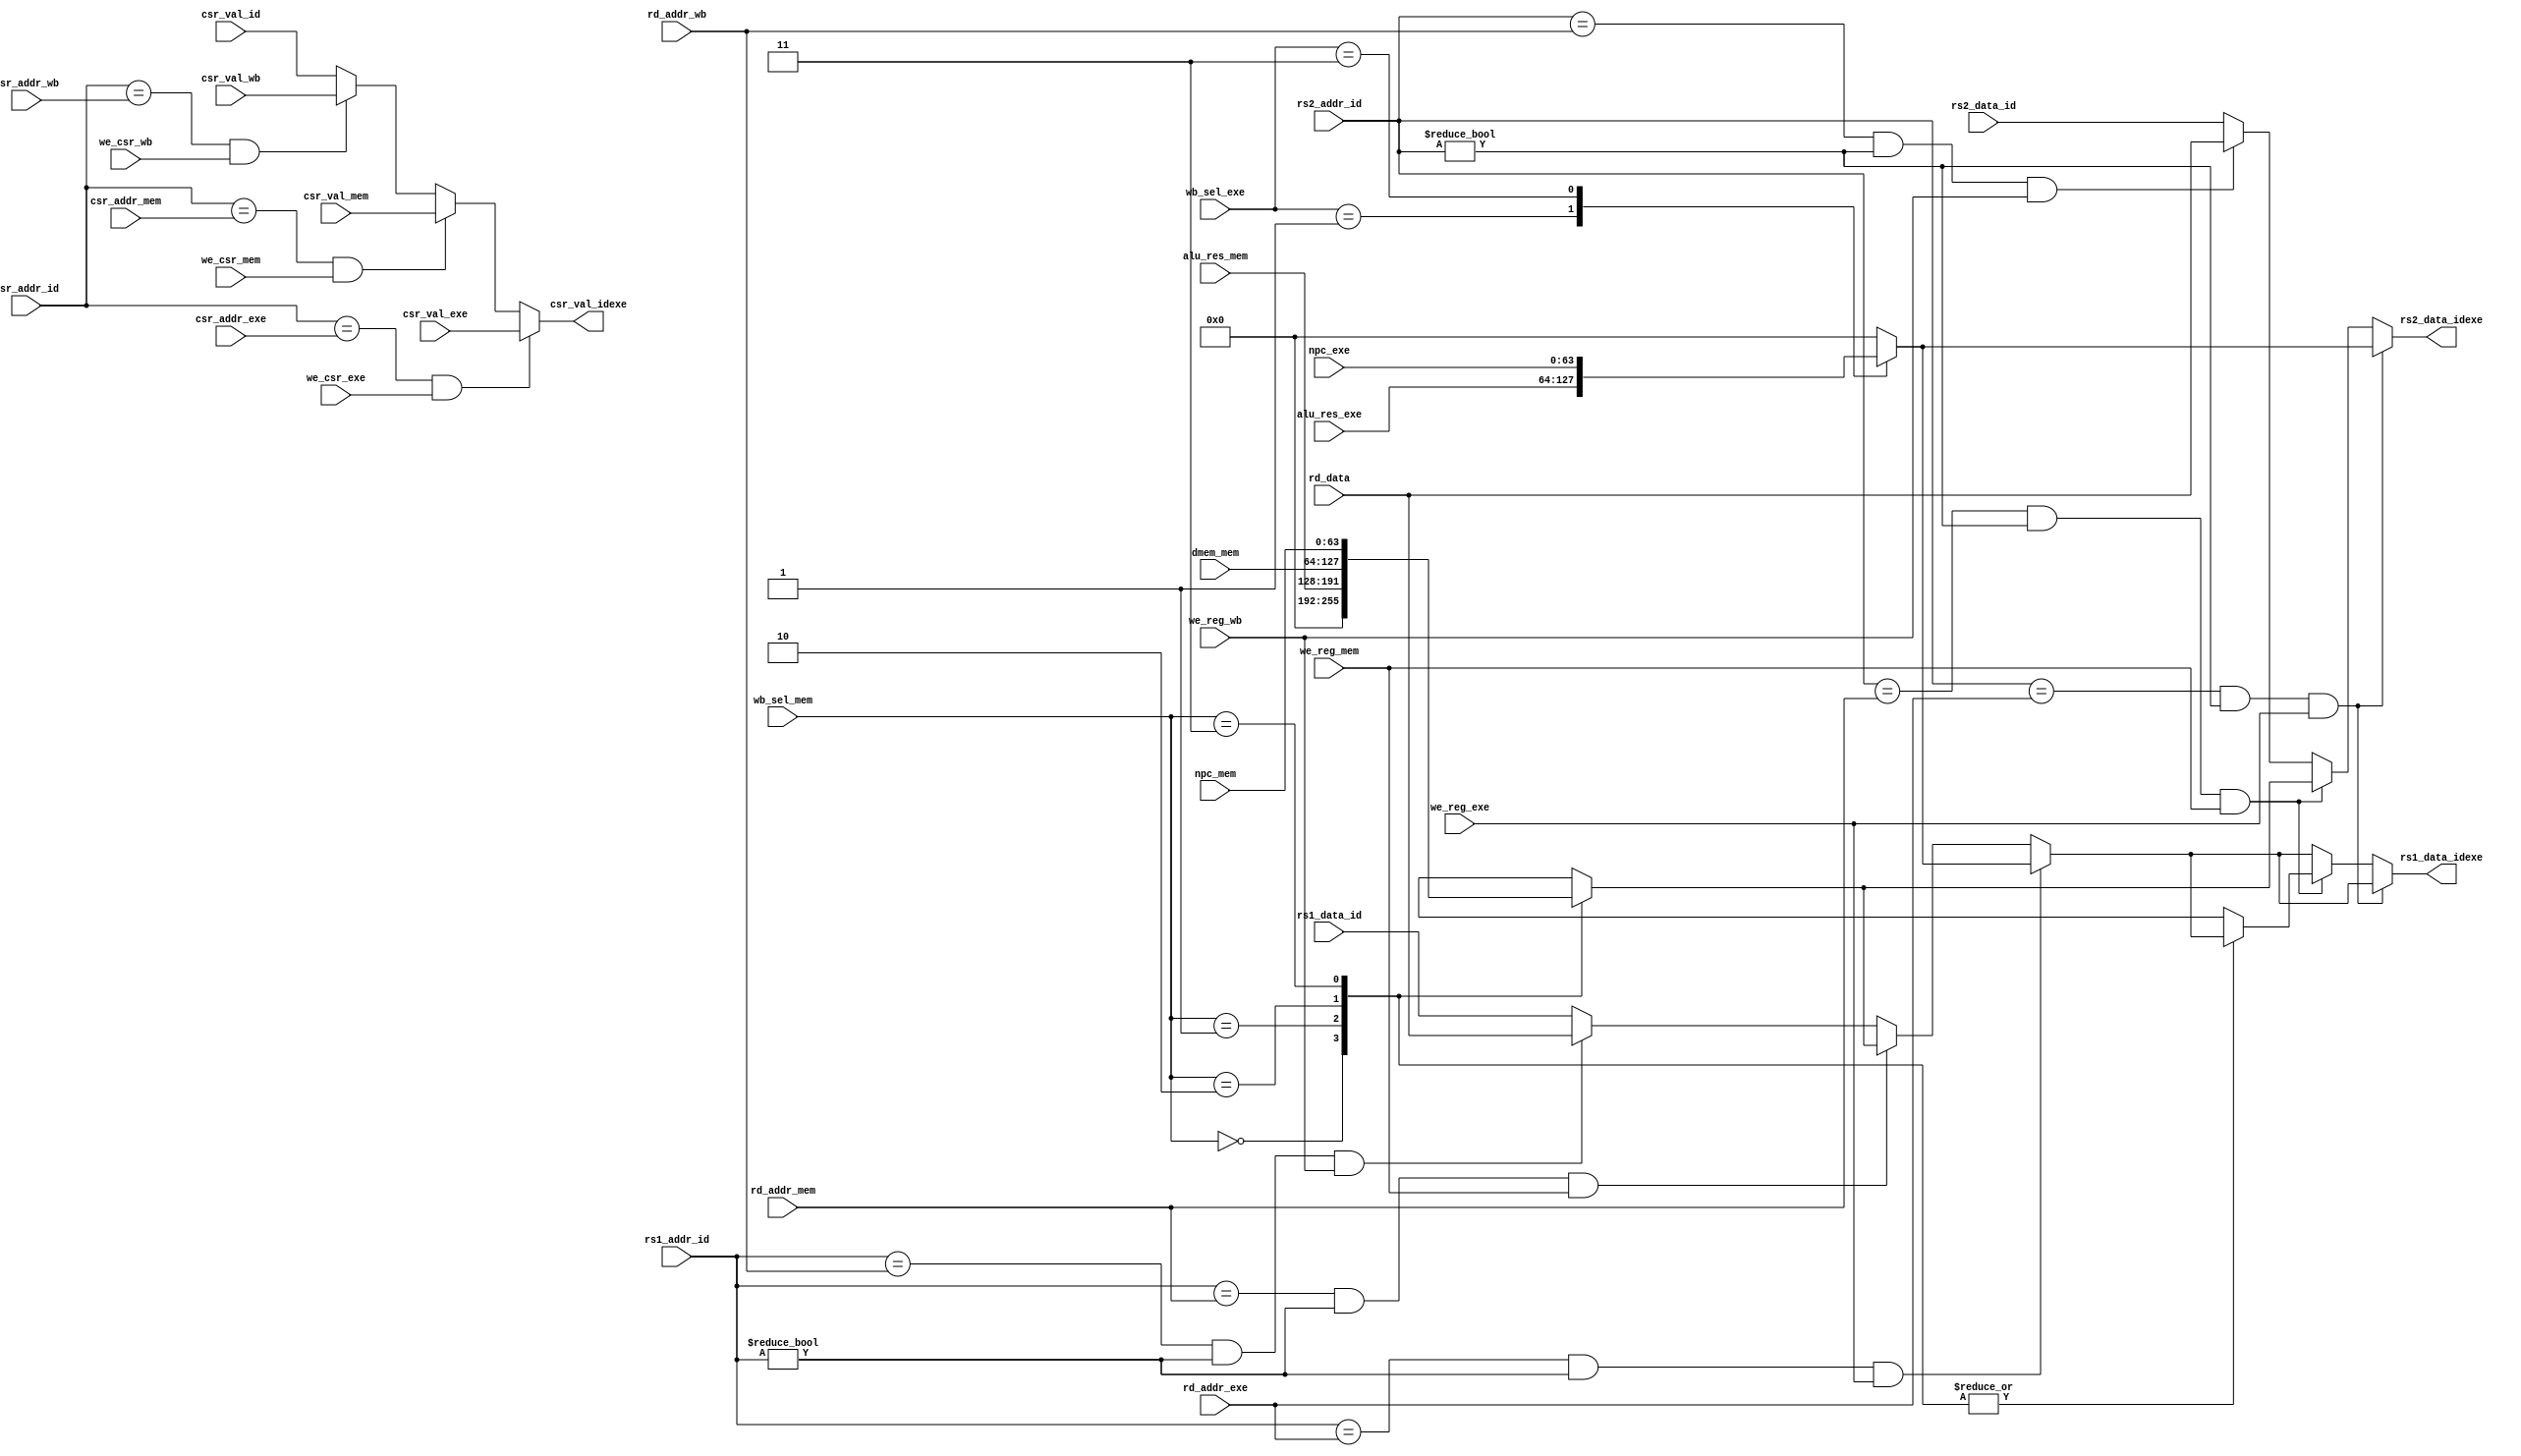
module ForwardingUnit(
    input [4:0]rs1_addr_id,
    input [63:0]rs1_data_id,
    input [4:0]rs2_addr_id,
    input [63:0]rs2_data_id,
    input [4:0]rd_addr_exe,
    input [4:0]rd_addr_mem,
    input [4:0]rd_addr_wb,
    input [11:0]csr_addr_id,
    input [63:0]csr_val_id,
    input [11:0]csr_addr_exe,
    input [63:0]csr_val_exe,
    input [11:0]csr_addr_mem,
    input [63:0]csr_val_mem,
    input [11:0]csr_addr_wb,
    input [63:0]csr_val_wb,

    input [63:0]alu_res_exe,
    input [63:0]npc_exe,
    input [1:0]wb_sel_exe,
    input we_reg_exe,
    input we_csr_exe,

    input [63:0]alu_res_mem,
    input [63:0]npc_mem,
    input [1:0]wb_sel_mem,
    input we_reg_mem,
    input we_csr_mem,
    input [63:0]dmem_mem,

    input we_reg_wb,
    input we_csr_wb,
    input [63:0]rd_data,


    output reg [63:0]rs1_data_idexe,
    output reg [63:0]rs2_data_idexe,
    output reg [63:0]csr_val_idexe
);
always@(*) begin
    if (rs1_addr_id == rd_addr_exe && rs1_addr_id != 0 && we_reg_exe == 1) begin
        case(wb_sel_exe) 
            2'b00: rs1_data_idexe = 0;
            2'b01: rs1_data_idexe = alu_res_exe;
            2'b11: rs1_data_idexe = npc_exe;
            default: rs1_data_idexe = 0;
        endcase
    end
    else if (rs1_addr_id == rd_addr_mem && rs1_addr_id != 0 && we_reg_mem == 1) begin
        case(wb_sel_mem) 
            2'b00: rs1_data_idexe = 0;
            2'b01: rs1_data_idexe = alu_res_mem;
            2'b10: rs1_data_idexe = dmem_mem;
            2'b11: rs1_data_idexe = npc_mem;
            default: rs1_data_idexe = 0;
        endcase
    end
    else if (rs1_addr_id == rd_addr_wb && rs1_addr_id != 0 && we_reg_wb == 1)begin
        rs1_data_idexe = rd_data;
    end
    else begin
        rs1_data_idexe = rs1_data_id;
    end

    if (rs2_addr_id == rd_addr_exe && rs2_addr_id != 0 && we_reg_exe == 1) begin
        case(wb_sel_exe) 
            2'b00: rs2_data_idexe = 0;
            2'b01: rs2_data_idexe = alu_res_exe;
            2'b11: rs2_data_idexe = npc_exe;
            default: rs2_data_idexe = 0;
        endcase
    end
    else if (rs2_addr_id == rd_addr_mem && rs2_addr_id != 0 && we_reg_mem == 1) begin
        case(wb_sel_mem) 
            2'b00: rs2_data_idexe = 0;
            2'b01: rs2_data_idexe = alu_res_mem;
            2'b10: rs2_data_idexe = dmem_mem;
            2'b11: rs2_data_idexe = npc_mem;
            default: rs1_data_idexe = 0;
        endcase
    end
    else if (rs2_addr_id == rd_addr_wb && rs2_addr_id != 0 && we_reg_wb == 1)begin
        rs2_data_idexe = rd_data;
    end
    else begin
        rs2_data_idexe = rs2_data_id;
    end
    
    if (csr_addr_id == csr_addr_exe && we_csr_exe == 1) csr_val_idexe = csr_val_exe;
    else if (csr_addr_id == csr_addr_mem && we_csr_mem == 1) csr_val_idexe = csr_val_mem;
    else if (csr_addr_id == csr_addr_wb && we_csr_wb == 1) csr_val_idexe = csr_val_wb;
    else csr_val_idexe = csr_val_id;
end


endmodule